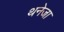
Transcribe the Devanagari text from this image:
थनेजा